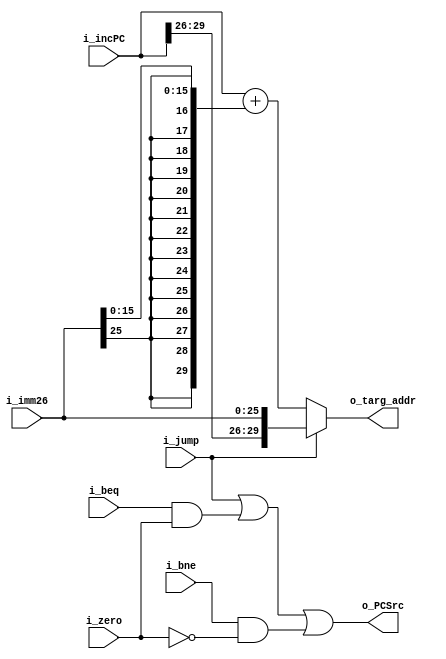
module nextPC(
    i_zero,
    i_jump,
    i_bne,
    i_beq,
    i_incPC,
    i_imm26,
    
    o_PCSrc,
    o_targ_addr
    
);

input    i_zero;
input    i_jump;
input    i_bne;
input    i_beq;
input [29:0]   i_incPC;
input [25:0]   i_imm26;
    
output    o_PCSrc;
output  [29:0]  o_targ_addr;

wire [29:0] add_addr;

assign add_addr = i_incPC + { {14{i_imm26[25]}} ,i_imm26[15:0] };

assign o_targ_addr = (i_jump) ? ({i_incPC[29:26] ,i_imm26}) : add_addr;

assign o_PCSrc = i_jump | (i_beq & i_zero) | (i_bne & ~i_zero);

endmodule